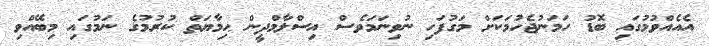
އެއެއްވުމުގައި ބޮޑު ހަމަނުޖެހުމަކަށް މަގުފަހި ނުވިނަމަވެސް އިސްލާމްދީން ޙިމާޔަތް ކުރުމުގެ ނަމުގައި މިބޭއްވި